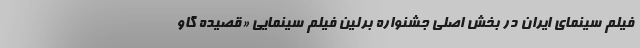
فیلم سینمای ایران در بخش اصلی جشنواره برلین فیلم سینمایی «قصیده گاو